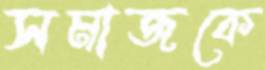
সমাজকে